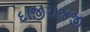
દાજીરાજજી